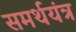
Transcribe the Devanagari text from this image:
समर्थयंत्र